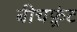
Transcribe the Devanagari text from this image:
बीचफ़्रंट